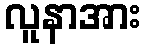
လူနာအား